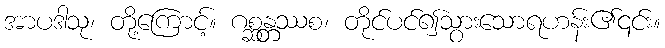
အာပဒါသု၊ တို့ကြောင့်။ ဂစ္ဆန္တ္တဿစ၊ တိုင်ပင်၍သွားသောရဟန်း၏၎င်း။